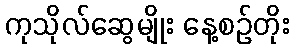
ကုသိုလ်ဆွေမျိုး နေ့စဉ်တိုး